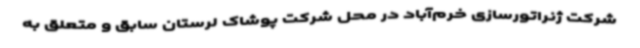
شرکت ژنراتورسازی خرم‌آباد در محل شرکت پوشاک لرستان سابق و متعلق به